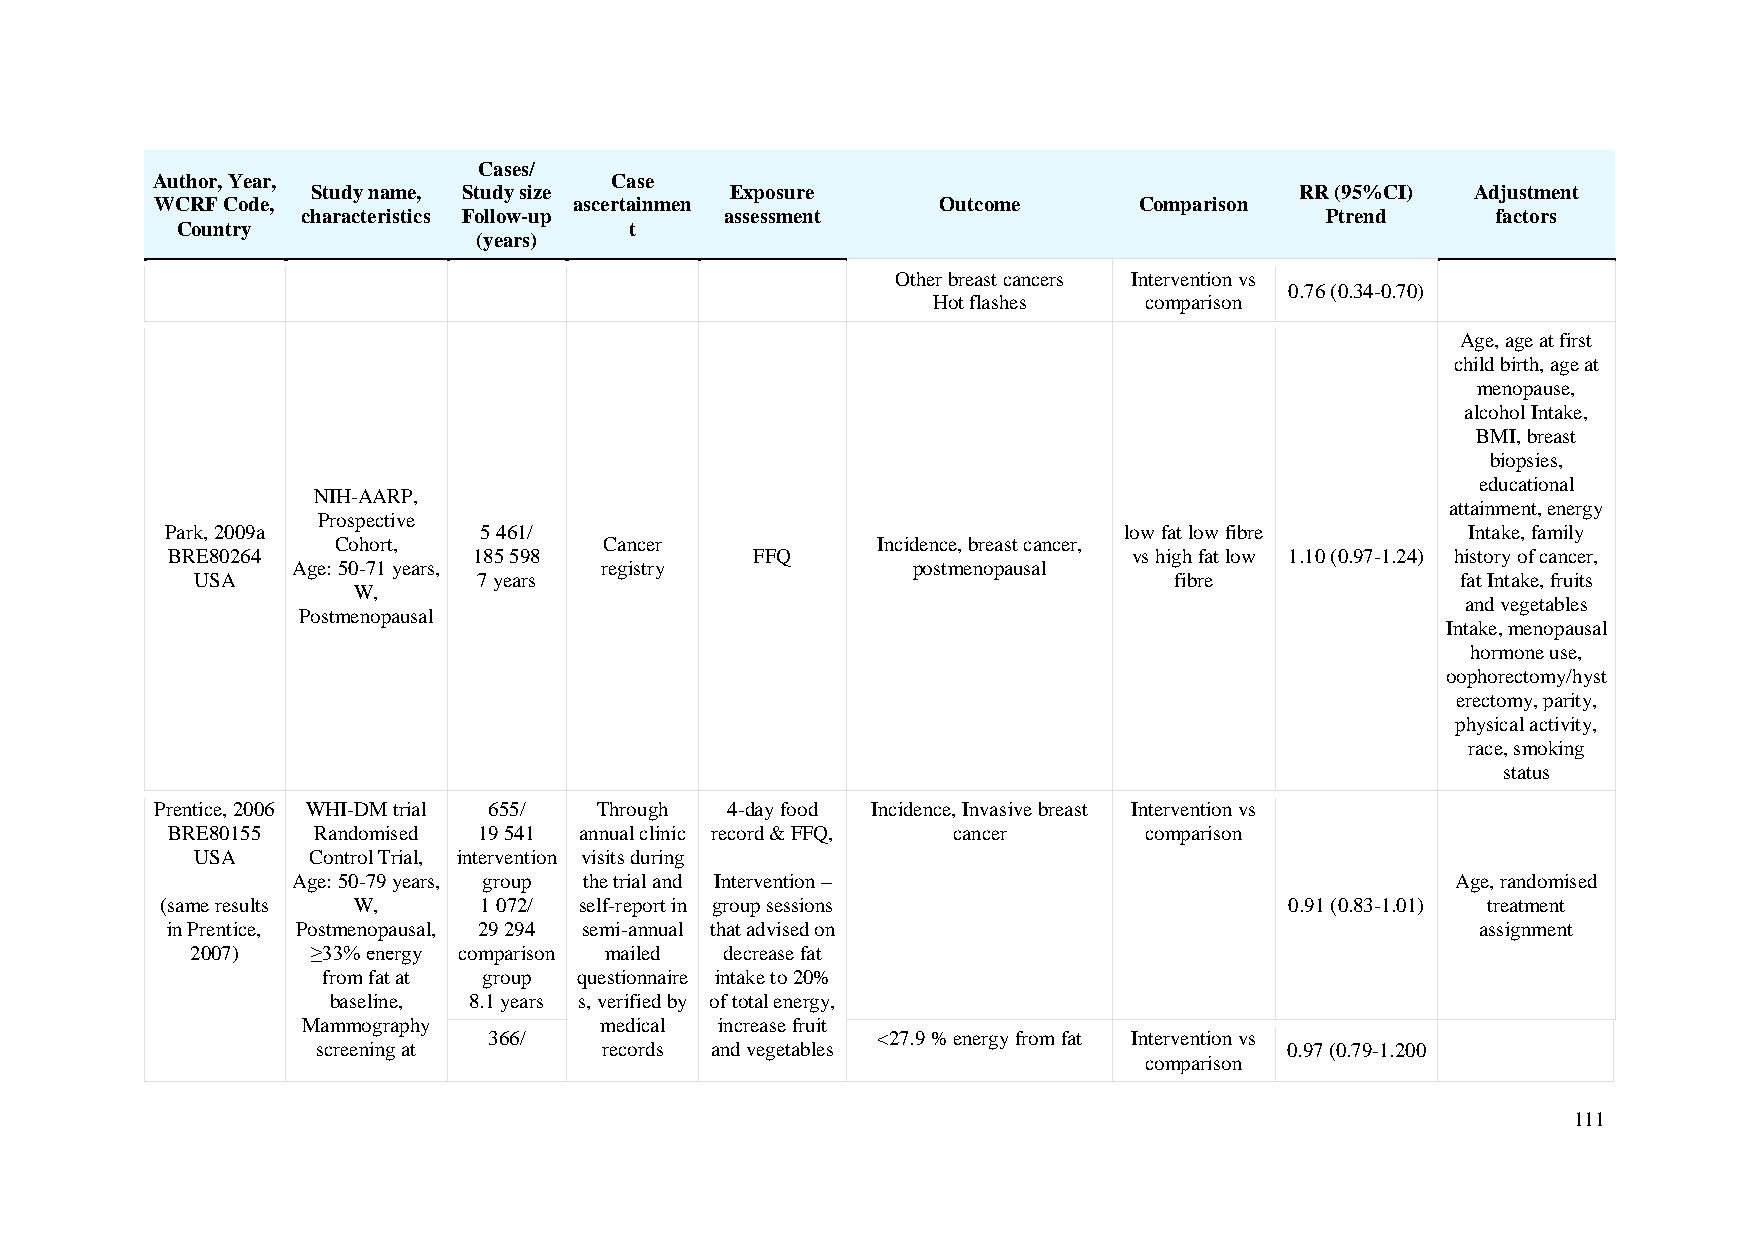
Cases/
 Author, Year,                 Case
 Study name, Study size     Exposure                              RR (95%CI)  Adjustment
 WCRF Code,                  ascertainmen            Outcome      Comparison
 characteristics Follow-up   assessment                              Ptrend     factors
 Country                       t
 (years)
 Other breast cancers Intervention vs
 0.76 (0.34-0.70)
 Hot flashes   comparison
 Age, age at first
 child birth, age at
 menopause,
 alcohol Intake,
 BMI, breast
 biopsies,
 educational
 NIH-AARP,
 attainment, energy
 Prospective
 Park, 2009a          5 461/                                    low fat low fibre      Intake, family
 Cohort,           Cancer            Incidence, breast cancer,
 BRE80264            185 598            FFQ                      vs high fat low 1.10 (0.97-1.24) history of cancer,
 Age: 50-71 years,    registry            postmenopausal
 USA                7 years                                       fibre              fat Intake, fruits
 W,
 and vegetables
 Postmenopausal
 Intake, menopausal
 hormone use,
 oophorectomy/hyst
 erectomy, parity,
 physical activity,
 race, smoking
 status
 Prentice, 2006 WHI-DM trial 655/ Through 4-day food Incidence, Invasive breast Intervention vs
 BRE80155  Randomised 19 541 annual clinic record & FFQ, cancer   comparison
 USA    Control Trial, intervention visits during
 Age: 50-79 years, group the trial and Intervention –                         Age, randomised
 (same results W,     1 072/ self-report in group sessions                 0.91 (0.83-1.01) treatment
 in Prentice, Postmenopausal, 29 294 semi-annual that advised on                        assignment
 2007)   ≥33% energy comparison mailed decrease fat
 from fat at group questionnaire intake to 20%
 baseline, 8.1 years s, verified by of total energy,
 Mammography         medical increase fruit
 366/                      <27.9 % energy from fat Intervention vs
 screening at       records and vegetables                       0.97 (0.79-1.200
 comparison
 111